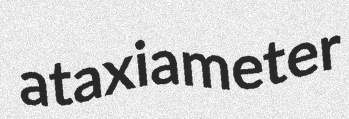
ataxiameter